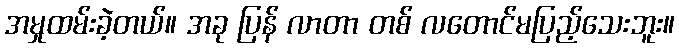
အမှုထမ်းခဲ့တယ်။ အခု ပြန် လာတာ တစ် လတောင်မပြည့်သေးဘူး။